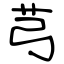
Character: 芎